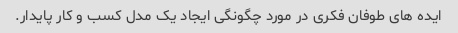
ایده های طوفان فکری در مورد چگونگی ایجاد یک مدل کسب و کار پایدار.